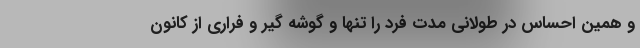
و همین احساس در طولانی مدت فرد را تنها و گوشه گیر و فراری از کانون